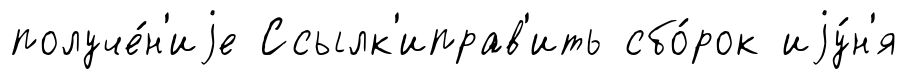
получе́н'иjе Ссылк'иправ'ить сбо́рок иjу́н'я